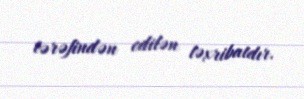
tərəfindən edilən təxribatdır.